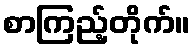
စာကြည့်တိုက်။